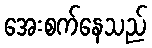
အေးစက်နေသည်